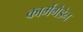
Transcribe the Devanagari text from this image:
कार्मेगेडेन